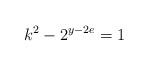
LaTeX: \begin{align*}k^2 - 2^{y-2e} = 1 \end{align*}